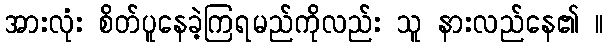
အားလုံး စိတ်ပူနေခဲ့ကြရမည်ကိုလည်း သူ နားလည်နေ၏ ။